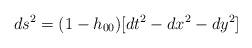
LaTeX: \begin{align*}ds^2 = (1 - h_{00})[dt^2 -dx^2 -dy^2]\end{align*}